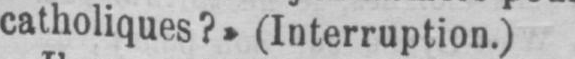
catholiques?» (Interruption.)